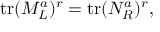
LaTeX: \mathrm { t r } ( M _ { L } ^ { a } ) ^ { r } = \mathrm { t r } ( N _ { R } ^ { a } ) ^ { r } ,